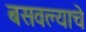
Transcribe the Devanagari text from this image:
बसवल्याचे